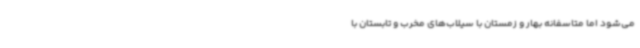
می‌شود اما متاسفانه بهار و زمستان با سیلاب‌های مخرب و تابستان با